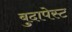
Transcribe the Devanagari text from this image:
बुदापेस्ट